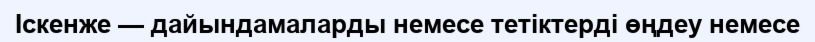
Iскенже — дайындамаларды немесе тетіктерді өңдеу немесе